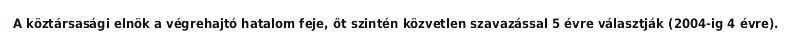
A köztársasági elnök a végrehajtó hatalom feje, őt szintén közvetlen szavazással 5 évre választják (2004-ig 4 évre).